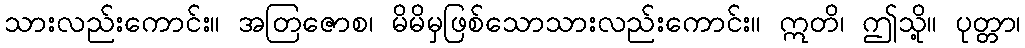
သားလည်းကောင်း။ အတြဇောစ၊ မိမိမှဖြစ်သောသားလည်းကောင်း။ ဣတိ၊ ဤသို့။ ပုတ္တာ၊